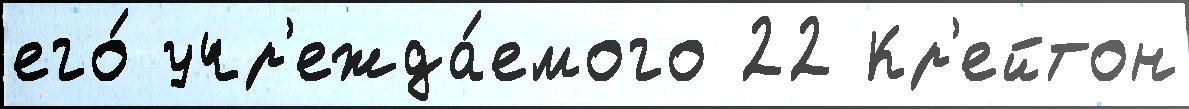
его́ учр'ежда́емого 22 Кр'ейтон